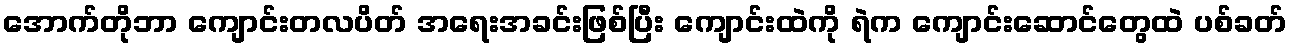
အောက်တိုဘာ ကျောင်းတလပိတ် အရေးအခင်းဖြစ်ပြီး ကျောင်းထဲကို ရဲက ကျောင်းဆောင်တွေထဲ ပစ်ခတ်